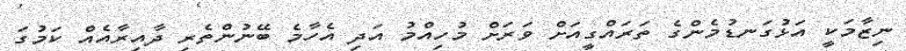
ނިޒާމަކީ އަޅުގަނޑުމެންގެ ތަރައްގީއަށް ވަރަށް މުހިއްމު އަދި އެހާމެ ބޭނުންތެރި ދާއިރާއެއް ކަމުގަ